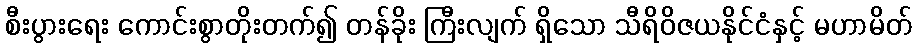
စီးပွားရေး ကောင်းစွာတိုးတက်၍ တန်ခိုး ကြီးလျက် ရှိသော သီရိဝိဇယနိုင်ငံနှင့် မဟာမိတ်